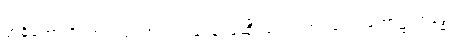
ဗာဓိတောတိ၊ ဟူသည်ကား။ လုဒ္ဒေန၊ မုဆိုးသည်။ အရညေ၊ တော၌။ ဗဒ္ဓေါ၊